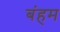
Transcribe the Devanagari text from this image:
बंहम